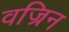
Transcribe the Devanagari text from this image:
वज्रिन